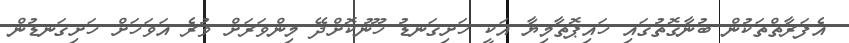
އެފަރާތްތަކުން ބުނާގޮތުގައި ހައިޕޮތާމިޔާ އަކީ ހަށިގަނޑު ހޫނުކޮށްދޭ މިންވަރަށް ވުރެ އަވަހަށް ހަށިގަނޑުން